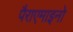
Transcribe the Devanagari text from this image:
पैराएमाइनो